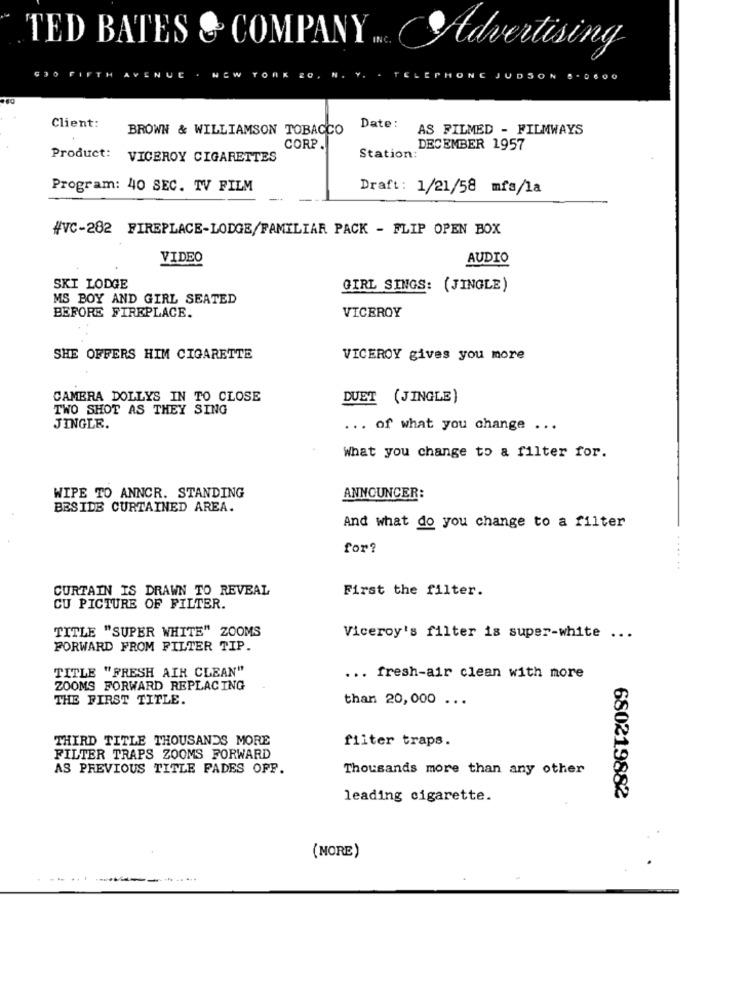
TED BATES & COMPANY
INC.
Advertising
JUDSON ·
. 0600
Client:
BROWN & WILLIAMSON TOBACCO
Date:
AS FILMED - FILMWAYS
CORP.
DECEMBER 1957
Product:
VICEROY CIGARETTES
Station:
Program: 40 SEC. TV FILM
Draft: 1/21/58 mfs/la
#VC-282 FIREPLACE-LODGE/FAMILIAR PACK - FLIP OPEN BOX
VIDEO
AUDIO
SKI LODGE
GIRL SINGS: (JINGLE)
MS BOY AND GIRL SEATED
BEFORE FIREPLACE.
VICEROY
SHE OFFERS HIM CIGARETTE
VICEROY gives you more
CAMERA DOLLYS IN TO CLOSE
DUET (JINGLE)
TWO SHOT AS THEY SING
JINGLE.
... of what you change ...
What you change to a filter for.
WIPE TO ANNCR. STANDING
ANNOUNCER:
BESIDE CURTAINED AREA.
And what do you change to a filter
for?
CURTAIN IS DRAWN TO REVEAL
First the filter.
CU PICTURE OF FILTER.
TITLE "SUPER WHITE" ZOOMS
Viceroy's filter is super-white ...
FORWARD FROM FILTER TIP.
TITLE "FRESH AIR CLEAN"
... fresh-air clean with more
ZOOMS FORWARD REPLACING
THE FIRST TITLE.
than 20,000 ...
THIRD TITLE THOUSANDS MORE
filter traps.
FILTER TRAPS ZOOMS FORWARD
AS PREVIOUS TITLE FADES OFP.
Thousands more than any other
leading cigarette.
680219882
(MORE)